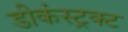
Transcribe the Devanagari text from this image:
डीकंस्ट्रक्ट